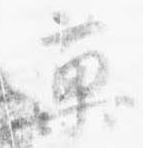
菓